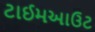
ટાઈમઆઉટ